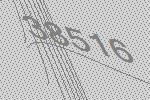
38516